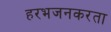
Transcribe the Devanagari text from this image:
हरभजनकरता